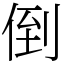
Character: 倒